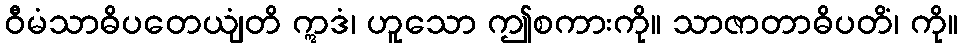
ဝီမံသာဓိပတေယျံတိ ဣဒံ၊ ဟူသော ဤစကားကို။ သာဇာတာဓိပတိံ၊ ကို။